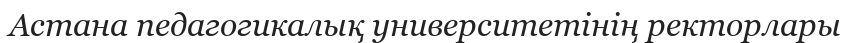
Астана педагогикалық университетінің ректорлары